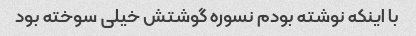
با اینکه نوشته بودم نسوره گوشتش خیلی سوخته بود